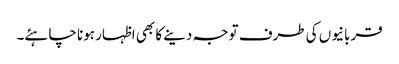
قربانیوں کی طرف توجہ دینے کا بھی اظہار ہونا چاہئے۔